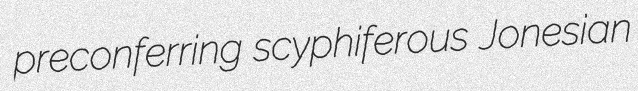
preconferring scyphiferous Jonesian